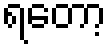
ရတော့